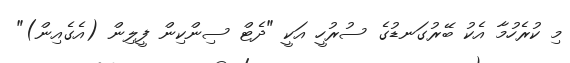
މި ކުރެހުމާ އެކު ބޭރުގަނޑުގެ ސުރުހީ އަކީ "ދެޓް ސިންކިން ފީލިން (އެގެއިން)"